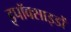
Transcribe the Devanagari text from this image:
इपॉक्साइडों